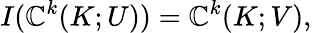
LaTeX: I(\mathbb{C}^{k}(K;U))=\mathbb{C}^{k}(K;V),